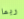
ربما